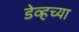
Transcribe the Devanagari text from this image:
डेव्हच्या